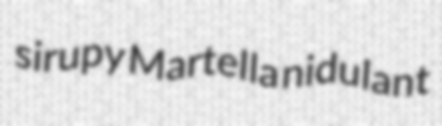
sirupy Martella nidulant